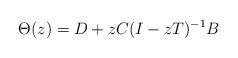
LaTeX: \begin{align*} \Theta(z)=D+zC(I-z T)^{-1}B\end{align*}